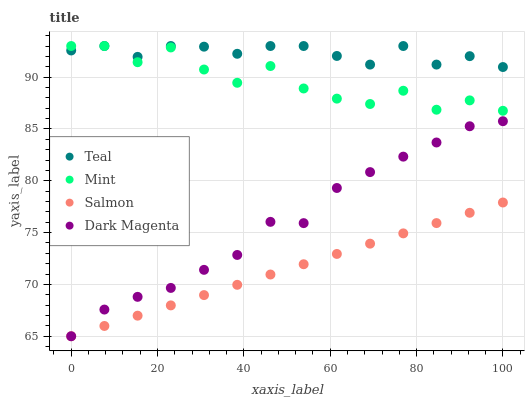
| xaxis_label | Teal | Mint | Salmon | Dark Magenta |
 | --- | --- | --- | --- | --- |
 | 0 | 92.6 | 93 | 65 | 65 |
 | 7.69 | 93 | 93 | 66 | 67.6 |
 | 15.4 | 92 | 91.4 | 67 | 68.8 |
 | 23.1 | 93 | 92.9 | 68 | 69.7 |
 | 30.8 | 92.9 | 90.7 | 69 | 71.4 |
 | 38.5 | 92.2 | 89.5 | 70 | 72.8 |
 | 46.2 | 93 | 91.1 | 71 | 76 |
 | 53.8 | 93 | 88.9 | 71.9 | 75.9 |
 | 61.5 | 92 | 87.9 | 72.9 | 79.3 |
 | 69.2 | 91.2 | 87.4 | 73.9 | 80.8 |
 | 76.9 | 93 | 88.7 | 74.9 | 82.3 |
 | 84.6 | 91.2 | 86.9 | 75.9 | 83.7 |
 | 92.3 | 92 | 87.8 | 76.9 | 85.3 |
 | 100 | 91 | 86.8 | 77.9 | 85.7 |